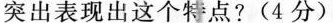
突出表现出这个特点?(4分)